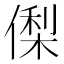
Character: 𬿘